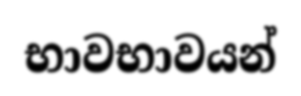
භාවභාවයන්